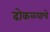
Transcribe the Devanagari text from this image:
ढोकळ्याचे